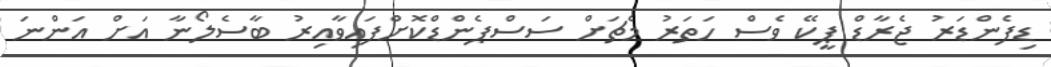
ޑިފެންޑަރު ޖެރާޑް ޕީކޭ ވެސް ހަތަރު މެޗަށް ސަސްޕެންޑްކޮށްފައިވާއިރު ބާސެލޯނާ އަށް އަންނަ